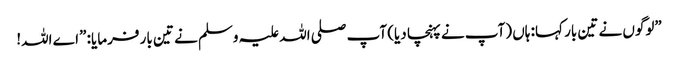
”لوگوں نے تین بار کہا: ہاں (آپ نے پہنچا دیا) آپ صلی اللہ علیہ وسلم نے تین بار فرمایا: ”اے اللہ!